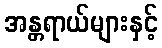
အန္တရာယ်များနှင့်